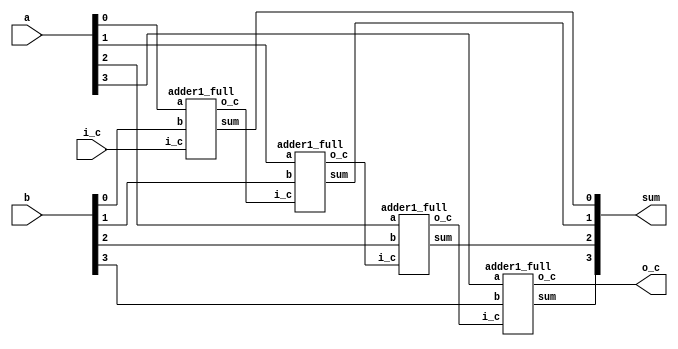
/*
based on https://fiona.dmcs.pl/~cmaj/Verilog/Jezyk%20verilog%20w%20projektowaniu%20ukladow%20fpga.PDF
*/
module adder4(
  input [3:0] a,
  input [3:0] b,
  input i_c,  //input carry
  output[3:0] sum,
  output o_c //output carry
  );

  wire c1, c2, c3;  //helping carry to connect 1bit's addres

  adder1_full S1(a[0], b[0], i_c, sum[0], c1);
  adder1_full S2(a[1], b[1], c1, sum[1], c2);
  adder1_full S3(a[2], b[2], c2, sum[2], c3);
  adder1_full S4(a[3], b[3], c3, sum[3], o_c);

endmodule //adder4


module adder1_full(
  input a,
  input b,
  input i_c,
  output sum,
  output o_c
  );

  //sum = a xor b xor i_c
  assign sum = a ^ b ^ i_c;

  //carry = (a and b) or (a and i_c) or (b and i_c)
  assign o_c = (a & b) | (a & i_c) | (b & i_c);

endmodule //adder1_full